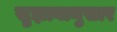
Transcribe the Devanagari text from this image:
सुझावानुसार